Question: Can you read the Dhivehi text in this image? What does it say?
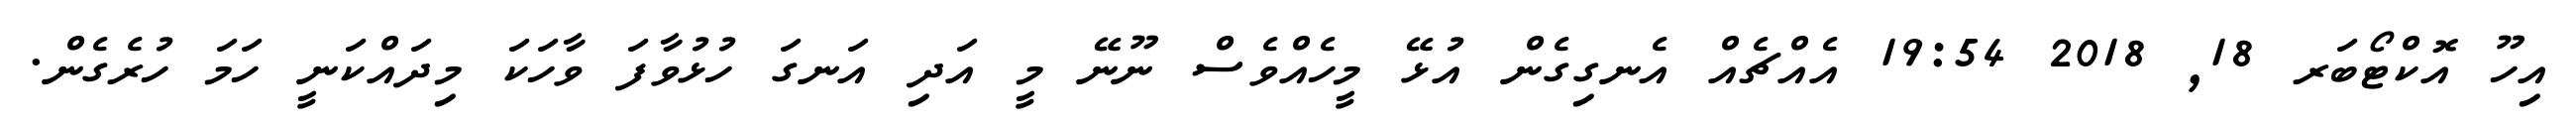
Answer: އިހޫ އޮކްޓޯބަރ 18, 2018 19:54 އެއްޗެއް އެނގިގެން އުޅޭ މީހެއްވެސް ނޫނޭ މީ އަދި އަނގަ ހުޅުވާފަ ވާހަކަ މިދައްކަނީ ހަމަ ހުރެގެން.